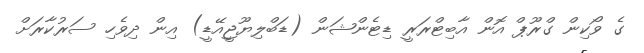
ގެ ވޯކިން ގްރޫޕް އޮން އާބިޓްރަރީ ޑިޓެންޝަން (ޑަބްލިޔޫޖީއޭޑީ) އިން ދިވެހި ސަރުކާރަށް